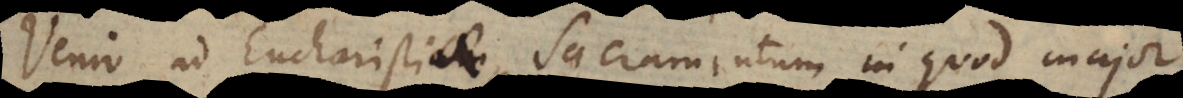
Venio ad Eucharistiae Sacramentum in quod major